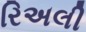
રિઅલી